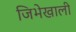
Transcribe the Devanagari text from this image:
जिभेखाली